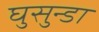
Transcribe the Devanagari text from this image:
घुसुन्डा